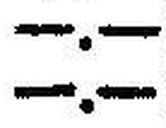
—.—